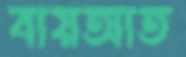
বায়আত